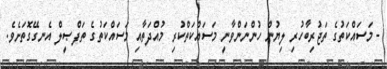
- މަސައްކަތުގެ ތަޖުރިބާހުރި ލިޔުން ހުންނަންވާނީ މަސައްކަތްކުރި މުއްދަތާއި މަސައްކަތުގެ ތަފްޞީލް އެނގޭގޮތަށެވެ.